Report on vaccination in Madras 1922-1929 - 1922-1929
Year: 1922
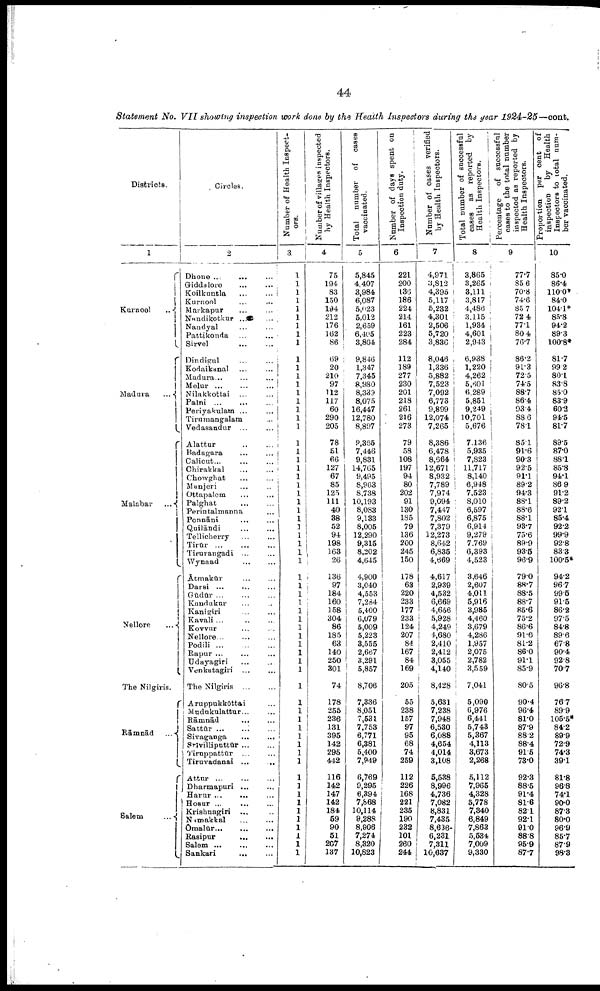
44
Statement No. VII showing inspection work done by the Health Inspectors during the year 1924-25—cont.
Districts.
1
Kurnool
..
Madura
...
Malabar ...
Nellore
The Nilgiris.
Rāmnād ...
Salem
...
Circles.
2
Dhone ...
...
Giddalore ... ...
Koilkuntla
...
...
Kurnool ... ...
Markapur
...
...
Nandikotkur ...
Nandyal ... ...
Pattikonda ... ...
Sirvel
...
...
Dindigul ... ...
Kodaikanal ... ...
Madura... ... ...
Melur ... ... ...
Nilakkottai ... ...
Palni ... ... ...
Periyakulam ... ...
Tirnmangalam ...
Vedasandur ... ...
Alattur ... ...
Badagara ... ...
Calicut... ... ...
Chirakkal ... ...
Chowghat ... ...
Manjeri ... ...
Ottapalem ... ...
Palghat
...
...
Perintalmanna ...
Ponnāni ... ...
Quilāndi ... ...
Tellicherry ... ...
Tirūr
...
...
...
Tirurangadi ... ...
Wynaad
...
...
Ātmakūr
...
...
Darsi ... ... ...
Gūdūr
...
...
...
Kandukur ... ...
Kanigiri ... ...
Kavali ... ... ...
Kovvur ... ...
Nellore...
Podili
...
...
...
Rapur ... ... ...
Udayagiri ... ...
Venkatagiri ... ...
The Nilgiris
...
...
Aruppukkōttai ...
Mudukulattur... ...
Rāmnād
... ...
Sattūr
... ... ...
Sivaganga
...
...
Srīvilliputtūr
... ...
Tiruppattūr ... ...
Tiruvadanai ... ...
Attur
...
...
...
Dharmapuri
...
...
Harur ... ... ...
Hosur ...
...
...
Krishnagiri ... ...
Nimakkal ... ...
Omalūr ...
...
...
Rasipur
...
...
Salem ...
...
...
Sankari
... ...
Number of Health Inspect
ors.
3
1
1
1
1
1
1
1
1
1
1
1
1
1
1
1
1
1
1
1
1
1
1
1
1
1
11
1
1
1
1
1
1
1
1
1
1
1
1
1
1
1
1
1
1
1
1
1
1
1
1
1
1
1
1
1
1
1
1
1
1
1
1
1 1
Number of villages inspected
by Health Inspectors.
4 4
75
194
83
150
194
212
176
162
86
69
20
210
97
112
117
60
290
205
78
51
66
127
67
85
125
111
40
88
52
94
198
163
26
136
97
184
160
158
304
86
185
63
140
250
301
74
178
255
236
131
395
142
295
442
116
142
147
142
184
59
90
51
207
137
Total number of cases
vaccinated.
5
5,845
4,407
3,984
6,087
5,023
5,012
2,659
6,405
3,804
9,846
1,347
7,345
8,980
8,339
8,075
16,447
12,780
8,897
9,365
7,446
9,831
14,765
9,495
8,963
8,738
10,193
8,083
9,133
8,005
12,290
9,315
8,202
4,645
4,900
3,040
4,553
7,284
5,400
6,079
5,009
5,223
3,555
2,667
3,291
5,857
8,706
7,336
8,051
7,531
7,753
6,771
6,381
5,400
7,949
6,769
9,295
6,394
7,868
10,114
9,288
8,906
7,274
8,320
10,823
Number of days spent on
Inspection duty.
6
221
200
136
186
224
214
161
223
284
112
189
277
230
201
218
261
216
273
79
58
108
197
94
80
202
91
130
185
79
136
200
245
150
178
63
220
233
177
233
124
207
84
167
84
169
205
55
238
157
97
95
68
74
259
112
226
168
221
235
190
232
101
260
244
Number of cases verified
by Health Inspectors.
7
4,971
3,812
4,395
5,117
5,232
4,301
2,506
5,720
3,836
8,046
1,336
5,882
7,523
7,092
6,773
9,899
12,074
7,265
8,386
6,478
8,664
12,671
8,932
7,789
7,974
9,094
7,447
7,802
7,379
12,273
8,642
6,835
4,669
4,617
2,939
4,532
6,669
4,656
5,928
4,249
4,680
2,410
2,412
3,055
4,140
8,428
5,631
7,238
7,948
6,530
6,088
4,654
4,014
3,108
5,538
8,996
4,736
7,082
8,831
7,435
8,636
6,231
7,311
10,637
Total Dumber of successful
cases as reported by
Health Inspectors.
8
3,865
3,265
3,111
3,817
4,486
3,115
1,934
4,601
2,943
6,938
1,220
4,262
5,601
6,289
5,851
9,249
10,701
5,676
7,136
5,935
7,823
11,717
8,140
6,948
7,523
8,010
6,597
6,875
6,914
9,279
7,769
6,393
4,523
3,646
2,607
4,011
5,916
3,985
4,460
3,679
4,286
1,957
2,075
2,782
3,559
7,041
5,090
6,976
6,441
5,743
5,367
4,113
3,673
2,268
5,112
7,965
4,328
5,778
7,340
6,849
7,863
5,534
7,009
9,330
Percentage
of successful
cases to the total number
inspected as reported by
Health Inspectors.
9
77.7
85.6
70.8
74.6
85.7
72.4
77.1
80.4
76.7
86.2
91.3
72.5
74.5
88.7
86.4
93.4
88.6
78.1
85.1
91.6
90.3
92.5
91.1 89.2
94.3
88.1
88.6
88.1
93.7
75.6
89.9
93.5
96.9
79.0
88.7
88.5
88.7
85.6
75.2
86.6
91.6
81.2
86.0
91.1
85.9
80.5
90.4
96.4
81.0
87.9
88.2
88.4
91.5
73.0
92.3
88.5
91.4
81.6
82.1
92.1
91.0
88.8
95.9
87.7
Proportion per cent of
inspection
by Health
Inspectors to total num
ber vaccinated.
10
85.0
86.4
110.0*
84.0
104.1*
85.8
94.2
89.3
100.8*
81.7
99.2
80.1
83.8
85.0
83.9
60.2
94.5
81.7
89.5
87.0
88.1
85.8
94.1
86.9
91.2
89.2
92.1
85.4
92.2
99.9
92.8
83.3
100.5*
94.2
96.7
99.5
91.5
86.2
97.5
84.8
89.6
67.8
90.4
92.8
70.7
96.8
76.7
89.9
105.5*
84.2
89.9
72.9
74.3
39.1
81.8
96.8
74.1
90.0
87.3
80.0
96.9
85.7
87.9
98.3